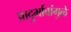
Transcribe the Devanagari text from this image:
प्रादुर्भावांमुळे